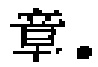
\text{章}